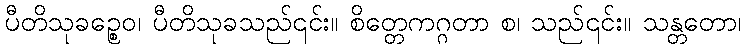
ပီတိသုခဉ္စေဝ၊ ပီတိသုခသည်၎င်း။ စိတ္တေကဂ္ဂတာ စ၊ သည်၎င်း။ သန္တတော၊